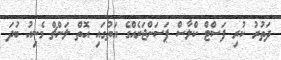
ދަތުރު ކުރި ފަސްޓް ކްލާސް ޕަސަންޖަރެއްގެ އަތުގައި އޮތް ލަންޗް މެނިއު ބުދަ